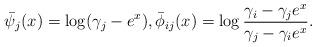
LaTeX: \begin{align*}\bar\psi_j(x)=\log(\gamma_j-e^x), \bar\phi_{ij}(x)=\log\frac{\gamma_i-\gamma_j e^x}{\gamma_j-\gamma_i e^x}.\end{align*}